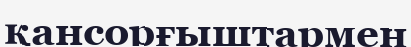
қансорғыштармен